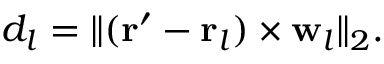
d _ { l } = \lVert ( \mathbf { r } ^ { \prime } - \mathbf { r } _ { l } ) \times \mathbf { w } _ { l } \rVert _ { 2 } .